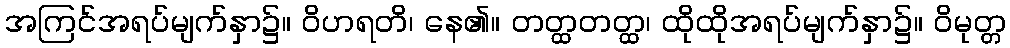
အကြင်အရပ်မျက်နှာ၌။ ဝိဟရတိ၊ နေ၏။ တတ္ထတတ္ထ၊ ထိုထိုအရပ်မျက်နှာ၌။ ဝိမုတ္တ